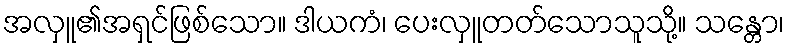
အလှူ၏အရှင်ဖြစ်သော။ ဒါယကံ၊ ပေးလှူတတ်သောသူသို့။ သန္တော၊